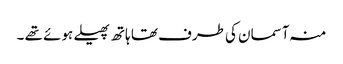
منہ آسمان کی طرف تھا ہاتھ پھیلے ہوئے تھے ۔